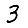
Digit: 3